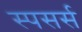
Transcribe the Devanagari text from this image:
स्पसर्स